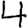
Digit: 4